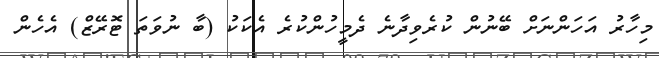
މިހާރު އަހަންނަށް ބޭނުން ކުރެވިދާނެ ދެމީހުންކުރެ އެކަކު (ބާ ނުވަތަ ޓޮރޭޒް) އެހެން